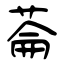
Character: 菕